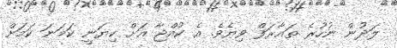
ލަދުން ނުހުރެ ތައާރަފް ވިޔެވެ. އެ ކުއްޖާ އަށް ކިޔަނީ ކަމަނަ ކަމަށް